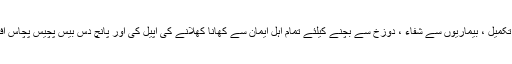
انہوں نے کہا کہ مصیبتوں سے بچنے گناہوں کا کفارہ ، اپنے کاموں کی تکمیل ، بیماریوں سے شفاء ، دوزخ سے بچنے کیلئے تمام اہل ایمان سے کھانا کھلانے کی اپیل کی اور پانچ دس بیس پچیس پچاس افراد کو کھلانے کیلئے اصلاح معاشرہ ان نمبرات پر ربط پیدا کیا جاسکتا ۔